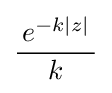
{\frac {\,e^{-k|z|}\,}{k}}